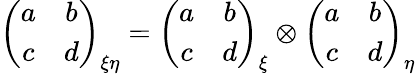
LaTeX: \left(\begin{array}{cc}{{a}}&{{b}}\\ {{c}}&{{d}}\end{array}\right)_{\xi\eta}=\left(\begin{array}{cc}{{a}}&{{b}}\\ {{c}}&{{d}}\end{array}\right)_{\xi}\otimes\left(\begin{array}{cc}{{a}}&{{b}}\\ {{c}}&{{d}}\end{array}\right)_{\eta}